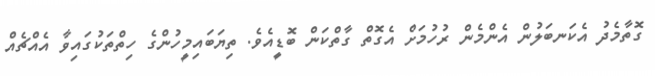
ގޮތާމެދު އެކަނބަލުން އެންމެން ރުހުމަށް އެގޮތް ގާތްކަން ބޮޑީއެވެ. ތިޔަބައިމީހުންގެ ހިތްތަކުގައިވާ އެއްޗެއް